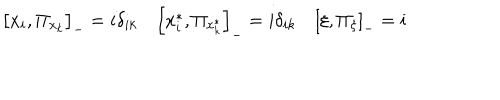
LaTeX: \left[ x _ { i } , \Pi _ { x _ { k } } \right] _ { - } = i \delta _ { i k } \quad \left[ x _ { i } ^ { * } , \Pi _ { x _ { k } ^ { * } } \right] _ { - } = i \delta _ { i k } \quad \left[ \xi , \Pi _ { \xi } \right] _ { - } = i